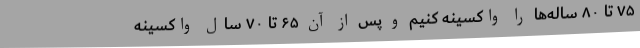
۷۵ تا ۸۰ ساله‌ها را واکسینه کنیم و پس از آن ۶۵ تا ۷۰ سال‌ واکسینه